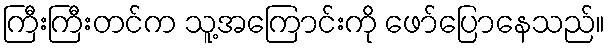
ကြီးကြီးတင်က သူ့အကြောင်းကို ဖော်ပြောနေသည်။